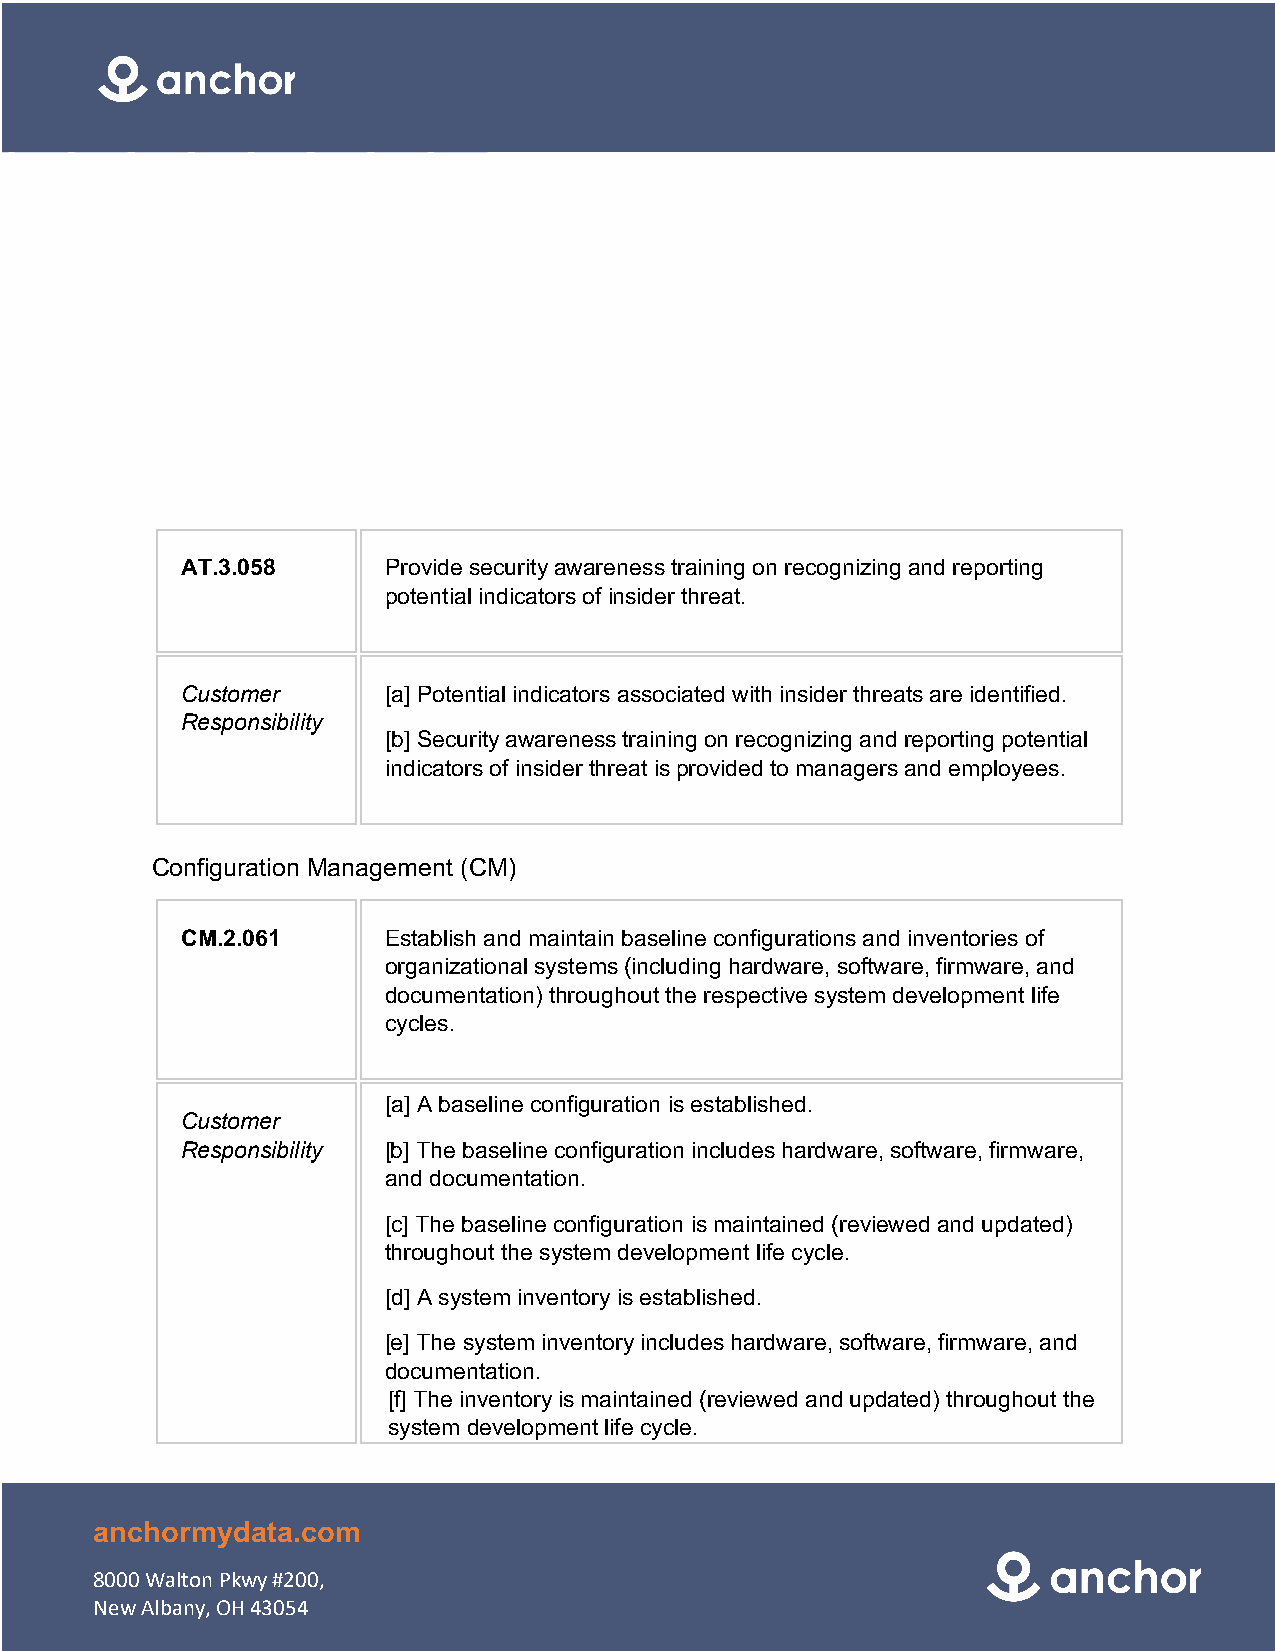
AT.3.058     Provide security awareness training on recognizing and reporting
 potential indicators of insider threat.
 Customer     [a] Potential indicators associated with insider threats are identified.
 Responsibility
 [b] Security awareness training on recognizing and reporting potential
 indicators of insider threat is provided to managers and employees.
 Configuration Management (CM)
 CM.2.061     Establish and maintain baseline configurations and inventories of
 organizational systems (including hardware, software, firmware, and
 documentation) throughout the respective system development life
 cycles.
 [a] A baseline configuration is established.
 Customer
 Responsibility [b] The baseline configuration includes hardware, software, firmware,
 and documentation.
 [c] The baseline configuration is maintained (reviewed and updated)
 throughout the system development life cycle.
 [d] A system inventory is established.
 [e] The system inventory includes hardware, software, firmware, and
 documentation.
 [f] The inventory is maintained (reviewed and updated) throughout the
 system development life cycle.
 anchormydata.com
 8000 Walton Pkwy #200,
 New Albany, OH 43054